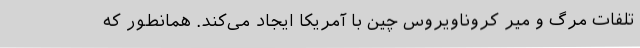
تلفات مرگ و میر کروناویروس چین با آمریکا ایجاد می‌کند. همانطور که